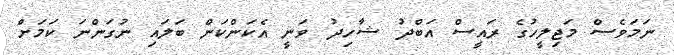
ނަމަވެސް މަޖިލީހުގެ ރައީސް އަބްދު ޝާހިދު ވަނީ އެކަންކަން ބަލައި ނުގަންނަ ކަމަށް